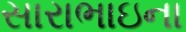
સારાભાઇના